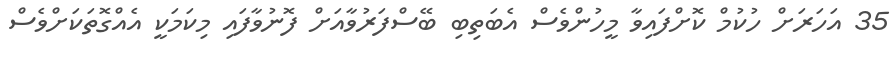
35 އަހަރަށް ހުކުމް ކޮށްފައިވާ މީހުންވެސް އެބަތިބި ބޭސްފަރުވާއަށް ފޮނުވާފައި މިކަމަކީ އެއްގޮތަކަށްވެސް